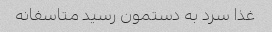
غذا سرد به دستمون رسید متاسفانه